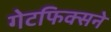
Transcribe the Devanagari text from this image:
गेटफिक्सने